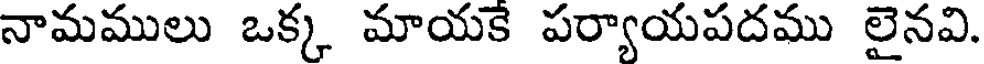
నామములు ఒక్క మాయకే పర్యాయపదము లైనవి.